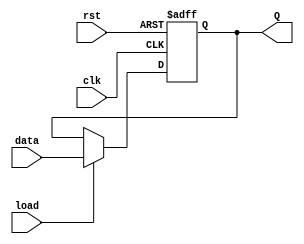
/*  * Module: nbitReg.v  
* Project: milestone 2  
jannah soliman- jannahsoliman9@aucegypt.edu
* Description: top module  
*  
* Change history: 10/4/23 - added module 
               
*  **********************************************************************/
module nbitReg#(parameter N=32)(input clk,
input rst,input load, input [N-1:0] data, output reg [N-1:0] Q

    );
    always @(posedge clk or posedge rst)
    begin
    if(rst==1'b1)begin
    Q<= 'b0;end
    else if(load==1'b1)
    begin
    Q<=data;
end
    end
endmodule